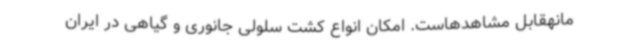
مانهقابل مشاهدهاست. امکان انواع کشت سلولی جانوری و گیاهی در ایران